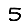
Digit: 5